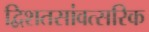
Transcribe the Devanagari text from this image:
द्विशतसांवत्सरिक